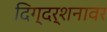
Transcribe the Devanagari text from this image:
दिग्दर्शनावर